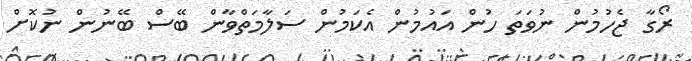
ރޯގާ ޖެހުމުން ނުވަތަ ހުން އައުމުން އެކަމުން ސަލާމަތްވާން ބޭސް ބޭނުން ނުކޮށް